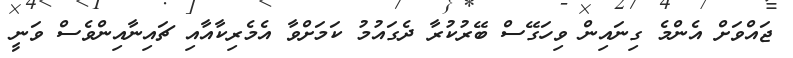
ޖައްވަށް އެންމެ ގިނައިން ވިހަގޭސް ބޭރުކުރާ ދެގައުމު ކަމަށްވާ އެމެރިކާއާއި ޗައިނާއިންވެސް ވަނީ